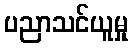
ပညာသင်ယူမှု